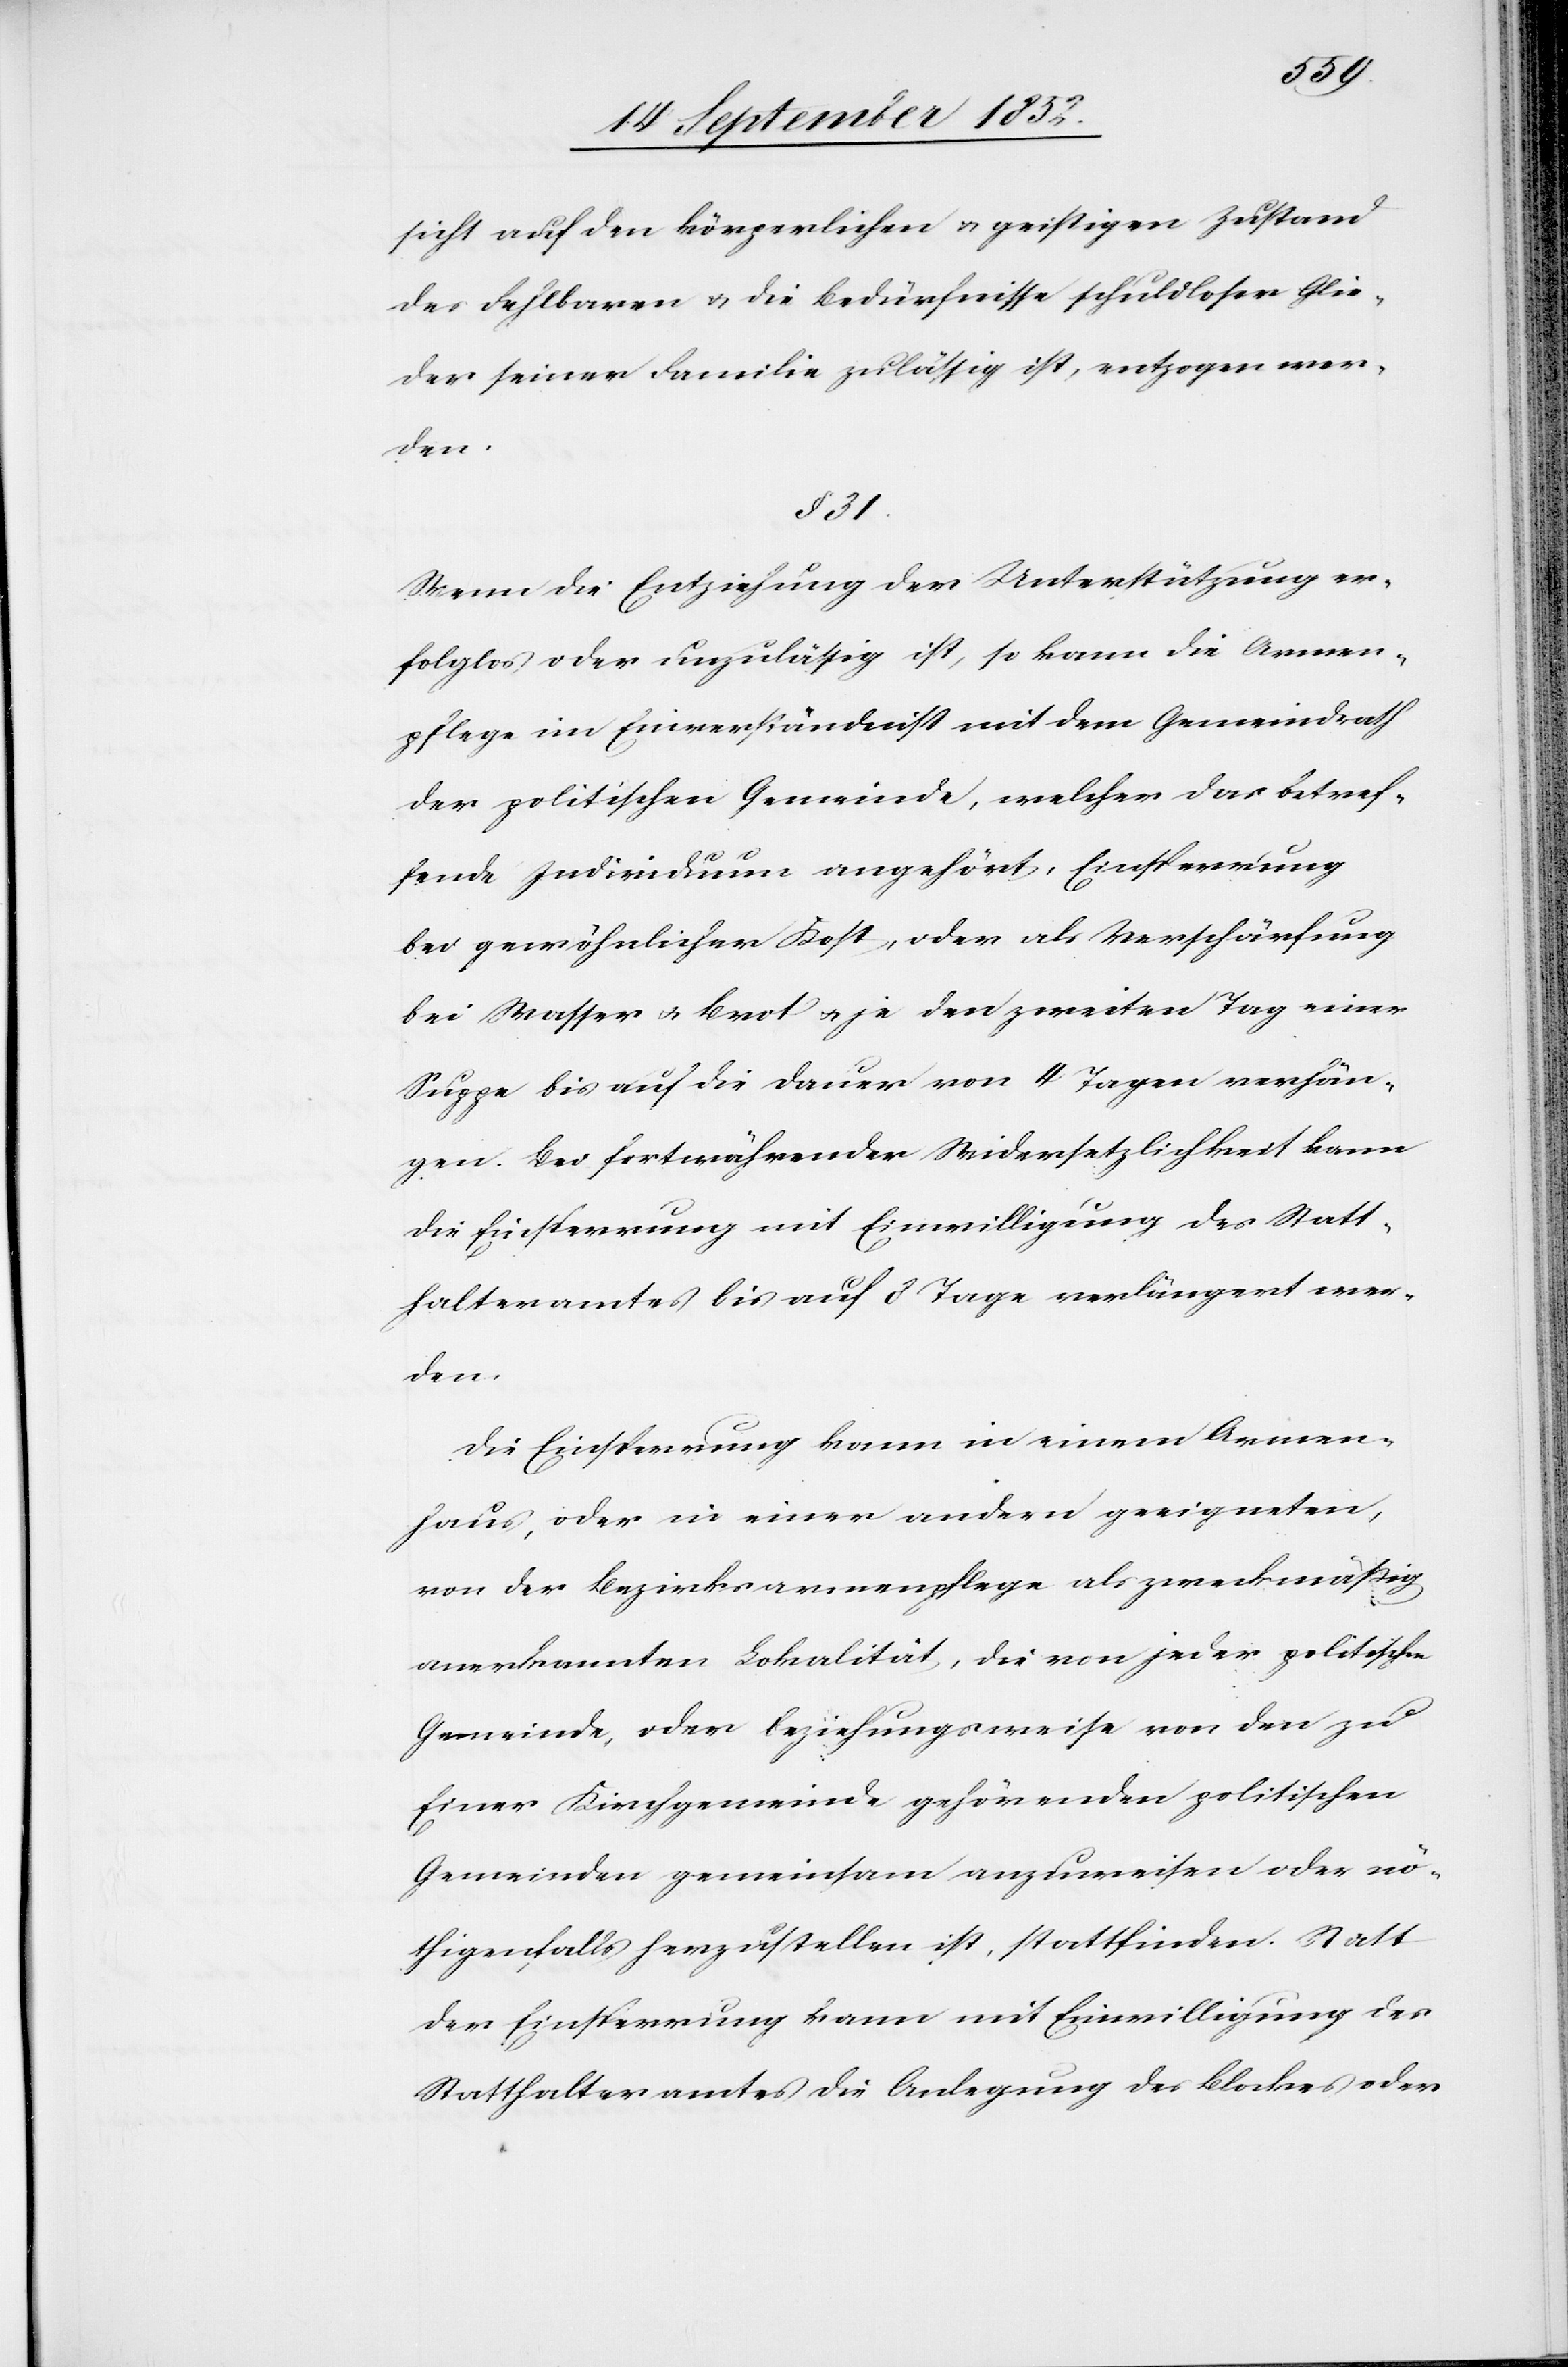
sicht auf den körperlichen & geistigen Zustand
des Fehlbaren & die Bedürfnisse schuldloser Glie¬
der seiner Familie zulässig ist, entzogen wer¬
den.
§ 31.
Wenn die Entziehung der Unterstützung er¬
folglos oder unzulässig ist, so kann die Armen¬
pflege im Einverständniss mit dem Gemeindrath
der politischen Gemeinde, welcher das betref¬
fende Individuum angehört, Einsperrung
bei gewöhnlicher Kost, oder als Verschärfung
bei Wasser & Brot & je den zweiten Tag einer
Suppe bis auf die Dauer von 4 Tagen verhän¬
gen. Bei fortwährender Widersetzlichkeit kann
die Einsperrung mit Einwilligung des Statt¬
halteramtes bis auf 8 Tage verlängert wer¬
den.
Die Einsperrung kann in einem Armen¬
haus, oder in einer andern geeigneten,
von der Bezirksarmenpflege als zweckmäßig
anerkannten Lokalität, die von jeder politischen
Gemeinde, oder beziehungsweise von den zu
Einer Kirchgemeinde gehörenden politischen
Gemeinden gemeinsam anzuweisen oder nö¬
thigenfalls herzustellen ist, stattfinden. Statt
der Einsperrung kann mit Einwilligung des
Statthalteramtes die Anlegung des Blockes oder